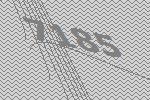
7185